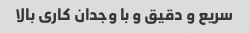
سریع و دقیق و با وجدان کاری بالا